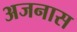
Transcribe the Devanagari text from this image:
अजनास